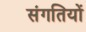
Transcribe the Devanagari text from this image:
संगतियों